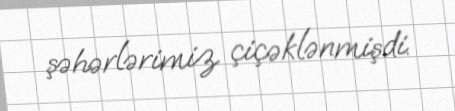
şəhərlərimiz çiçəklənmişdi.